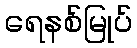
ရေနစ်မြုပ်